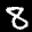
Label: 8